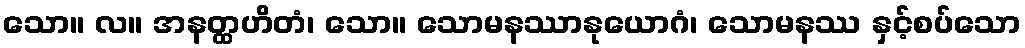
သော။ လ။ အနတ္ထဟိတံ၊ သော။ သောမနဿာနုယောဂံ၊ သောမနဿ နှင့်စပ်သော